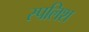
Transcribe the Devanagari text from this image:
स्पलिश